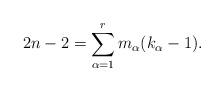
LaTeX: \begin{align*}2n-2=\sum_{\alpha=1}^r m_\alpha (k_\alpha -1).\end{align*}